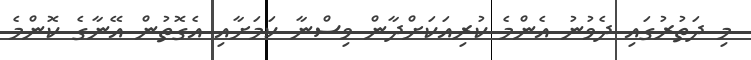
މި ދަތުރުގައި ދެވުނު އެންމެ ކުރިއަކަށްދާން ވިސްނާ ކަމަށާއި އެގޮތުން އޭނާގެ ކޮންމެ